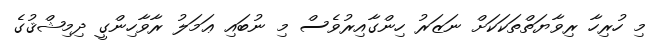
މި ހުރިހާ ރިވާޔަތްތަކަކަށް ނަޒަރު ހިންގާއިރުވެސް މި ނުބައި ޢަމަލު ރާވާހިންގީ ދިމިޝްޤުގެ